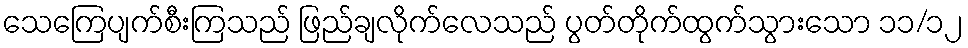
သေကြေပျက်စီးကြသည် ဖြည်ချလိုက်လေသည် ပွတ်တိုက်ထွက်သွားသော ၁၁/၁၂